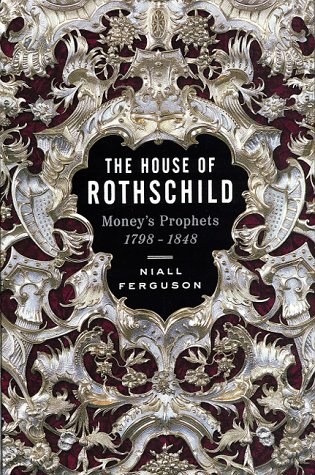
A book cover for The House of Rothschild: Money's Prophets 1798-1848; Niall Ferguson; Biographies & Memoirs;